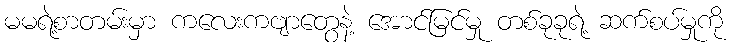
မမရဲ့စာတမ်းမှာ ကလေးကဗျာတွေနဲ့ အောင်မြင်မှု တစ်ခုခုရဲ့ ဆက်စပ်မှုကို